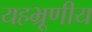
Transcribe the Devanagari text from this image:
यहभ्रूणीय